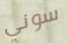
سوني